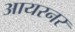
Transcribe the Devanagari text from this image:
आयरनर